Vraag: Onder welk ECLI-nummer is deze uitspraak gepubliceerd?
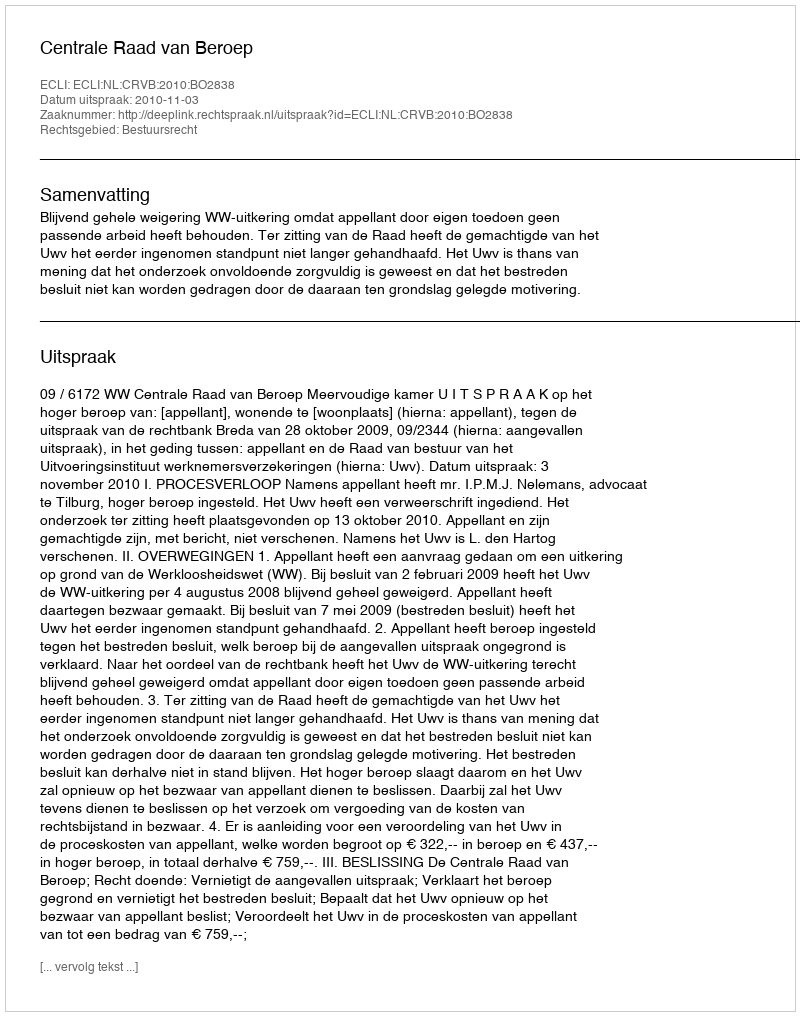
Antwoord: ECLI:NL:CRVB:2010:BO2838